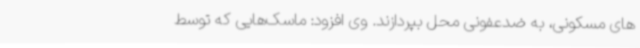
های مسکونی، به ضدعفونی محل بپردازند. وی افزود: ماسک‌هایی که توسط